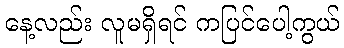
နေ့လည်း လူမရှိရင် ကပြင်ပေါ့ကွယ်